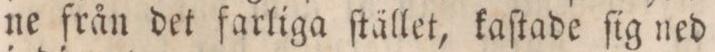
ne från det farliga ſtället, kaſtade ſig ned